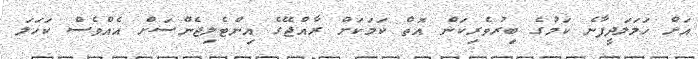
އަށް ހަމަލަދީފާނެ ކަމުގެ ބިރުވެރިކަން އޮތް ކަމަކަށް ރާއްޖޭގެ އިންޓެލިޖެންސަށް އެއްވެސް ކަހަލަ